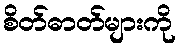
စိတ်ဓာတ်များကို